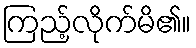
ကြည့်လိုက်မိ၏။